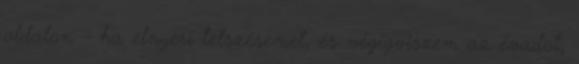
oldalon – ha elnyeri tetszésemet, és végigviszem az évadot,